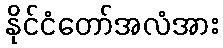
နိုင်ငံတော်အလံအား